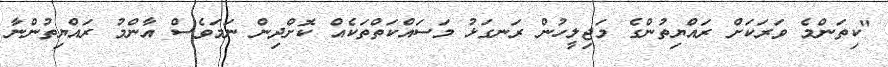
"ކިތަންމެ ވަރަކަށް ރައްޔިތުންގެ މަޖިލީހުން ރަނގަޅު މަސައްކަތްތަކެއް ކޮށްދިން ނަމަވެސް އާންމު ރައްޔިތުންނާ